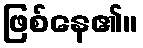
ဖြစ်နေ၏။